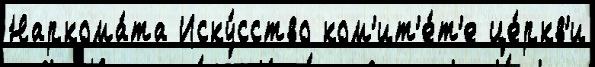
Наркома́та Иску́сство ком'ит'е́т'е це́ркв'и